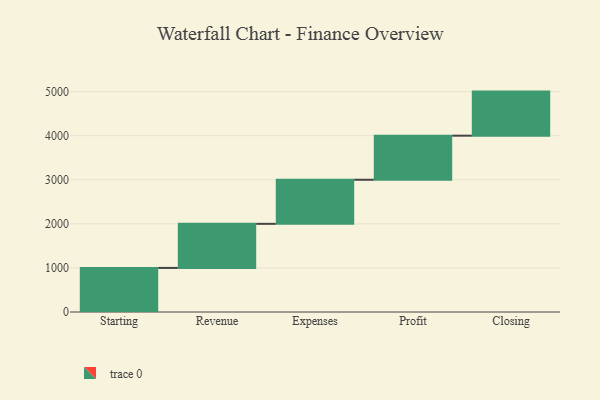
{"axis": {"x": "Step", "y": "Value"}, "legend": [""], "data": [{"x": "Starting", "y": 1000, "type": ""}, {"x": "Revenue", "y": 1000, "type": ""}, {"x": "Expenses", "y": 1000, "type": ""}, {"x": "Profit", "y": 1000, "type": ""}, {"x": "Closing", "y": 1000, "type": ""}]}